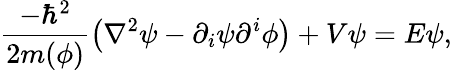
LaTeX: \frac{-\hbar^{2}}{2m(\phi)}\left(\nabla^{2}\psi-\partial_{i}\psi\partial^{i}\phi\right)+V\psi=E\psi,